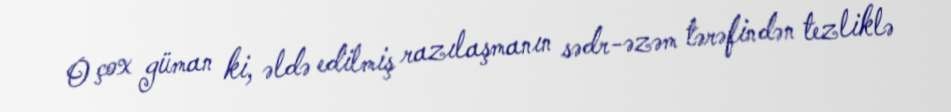
O çox güman ki, əldə edilmiş razılaşmanın sədr-əzəm tərəfindən tezliklə